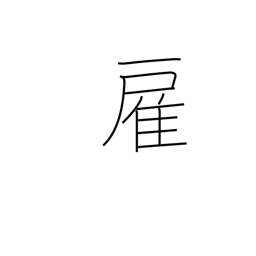
Meaning: hire